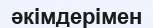
әкімдерімен